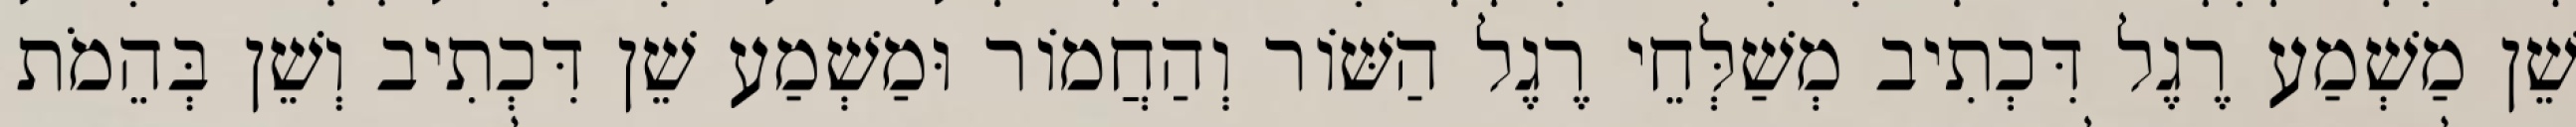
שֵׁן מַשְׁמַע רֶגֶל דִּכְתִיב מְשַׁלְּחֵי רֶגֶל הַשּׁוֹר וְהַחֲמוֹר וּמַשְׁמַע שֵׁן דִּכְתִיב וְשֵׁן בְּהֵמֹת